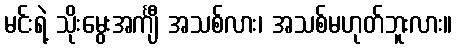
မင်းရဲ့ သိုးမွေးအင်္ကျီ အသစ်လား၊ အသစ်မဟုတ်ဘူးလား။